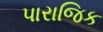
પારાજિક